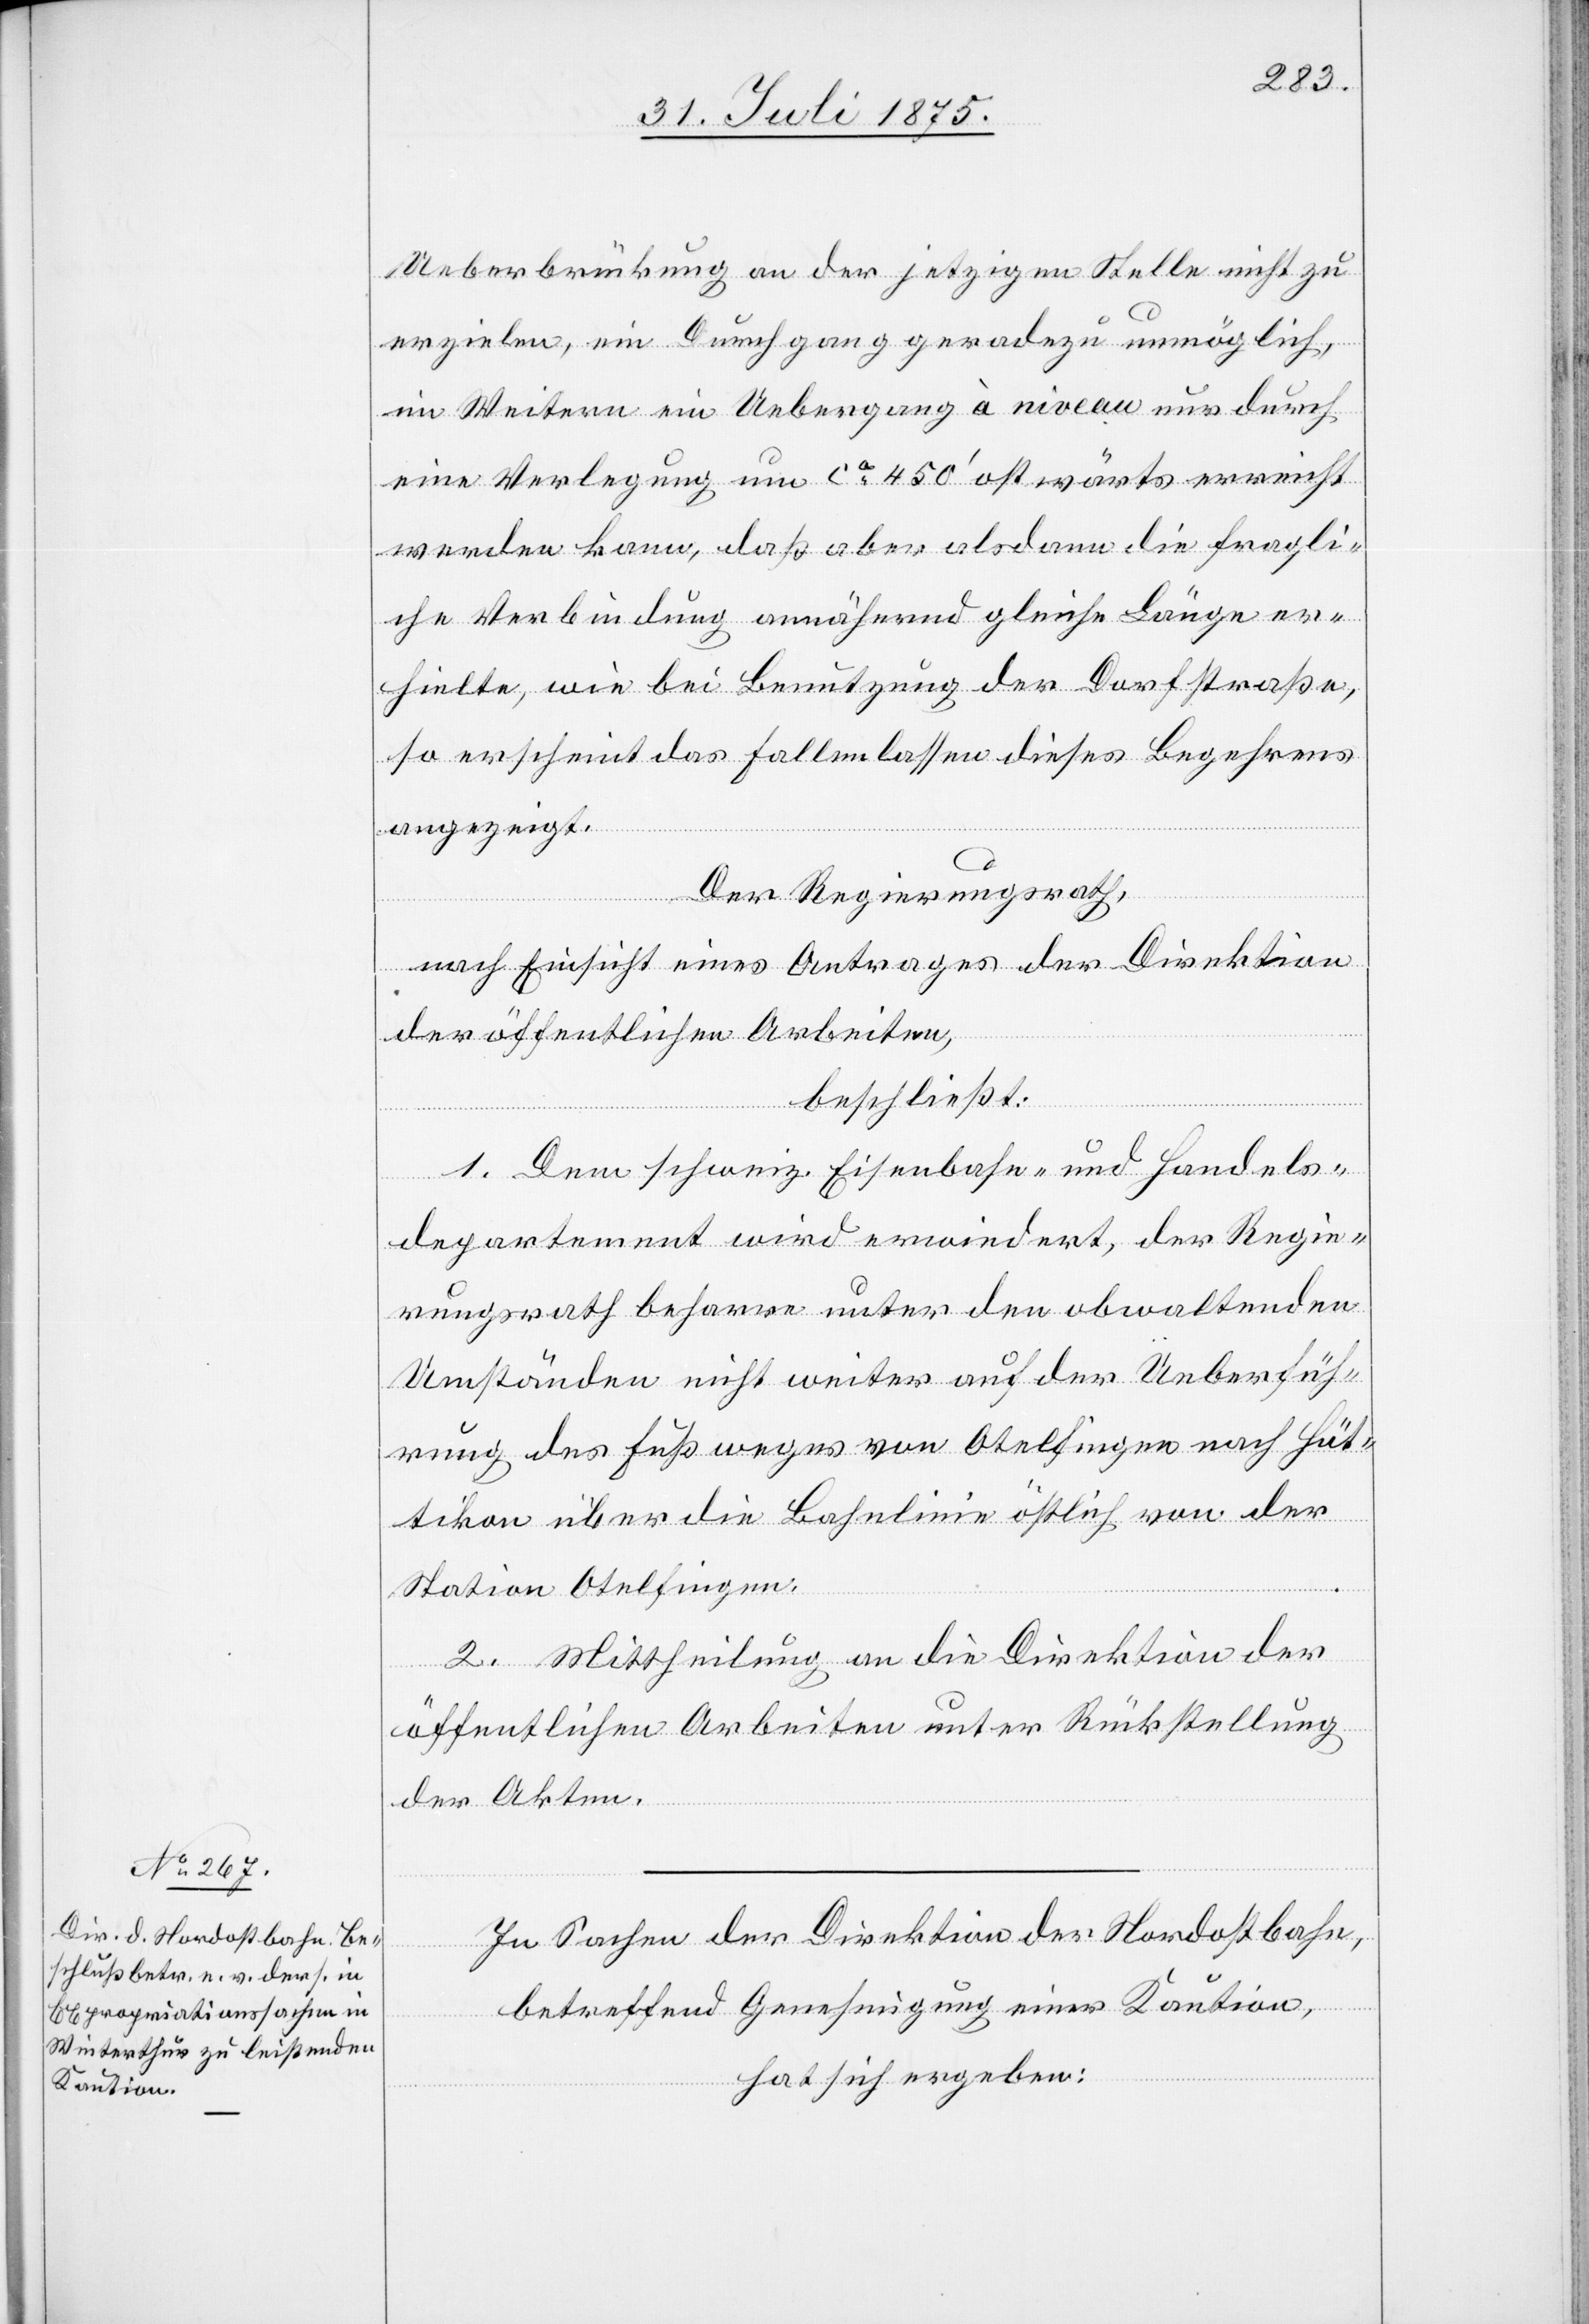
Ueberbrückung an der jetzigen Stelle nicht zu
erzielen, ein Durchgang geradezu unmöglich,
im Weitern ein Uebergang à niveau nur durch
eine Verlegung um ca 450‘ ostwärts erreicht
werden kann, daß aber alsdann die fragli¬
che Verbindung annähernd gleiche Länge er¬
hielte, wie bei Benutzung der Dorfstraße,
so erscheint das Fallenlassen dieses Begehrens
angezeigt.
Der Regierungsrath,
nach Einsicht eines Antrages der Direktion
der öffentlichen Arbeiten,
beschließt:
1. Dem schweiz. Eisenbahn- und Handels¬
departement wird erwiedert, der Regie¬
rungsrath beharre unter den obwaltenden
Umständen nicht weiter auf der Ueberfüh¬
rung des Fußweges von Otelfingen nach Hüt¬
tikon über die Bahnlinie östlich von der
Station Otelfingen.
2. Mittheilung an die Direktion der
öffentlichen Arbeiten unter Rückstellung
der Akten.
In Sachen der Direktion der Nordostbahn,
betreffend Genehmigung einer Kaution,
hat sich ergeben: